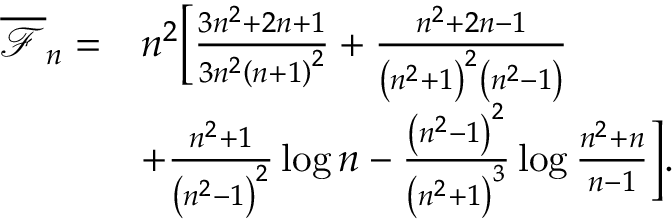
\begin{array} { r l } { \overline { { \mathcal { F } } } _ { n } = } & { n ^ { 2 } \bigg [ \frac { 3 n ^ { 2 } + 2 n + 1 } { 3 n ^ { 2 } \left( n + 1 \right) ^ { 2 } } + \frac { n ^ { 2 } + 2 n - 1 } { \left( n ^ { 2 } + 1 \right) ^ { 2 } \left( n ^ { 2 } - 1 \right) } } \\ & { + \frac { n ^ { 2 } + 1 } { \left( n ^ { 2 } - 1 \right) ^ { 2 } } \log n - \frac { \left( n ^ { 2 } - 1 \right) ^ { 2 } } { \left( n ^ { 2 } + 1 \right) ^ { 3 } } \log \frac { n ^ { 2 } + n } { n - 1 } \bigg ] . } \end{array}